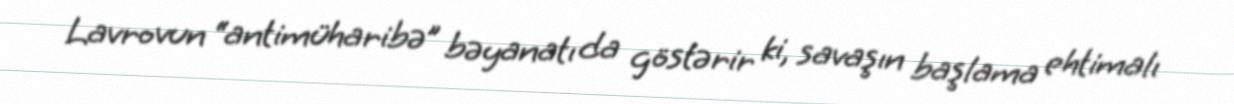
Lavrovun “antimüharibə” bəyanatı da göstərir ki, savaşın başlama ehtimalı